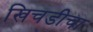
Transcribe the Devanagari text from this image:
खिचडीचा